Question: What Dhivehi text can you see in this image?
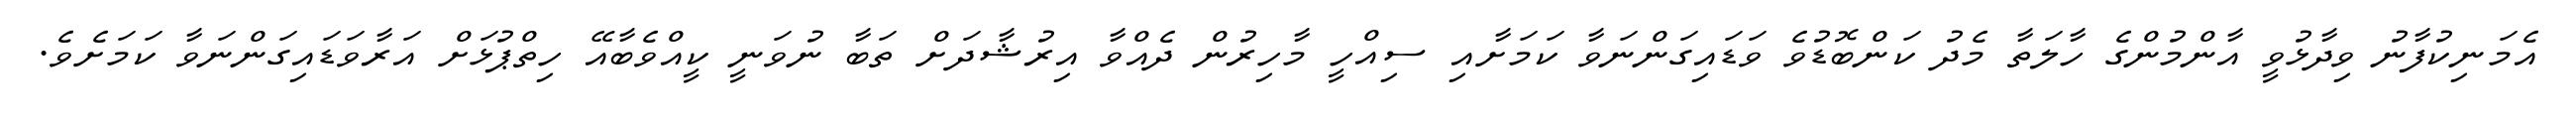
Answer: އެމަނިކުފާނު ވިދާޅުވީ އާންމުންގެ ހާލަތާ މެދު ކަންބޮޑުވެ ވަޑައިގަންނަވާ ކަމަށާއި ސިއްހީ މާހިރުން ދެއްވާ އިރުޝާދަށް ތަބާ ނުވަނީ ކީއްވެބާއޭ ހިތްޕުޅަށް އަރާވަޑައިގަންނަވާ ކަމަށެވެ.